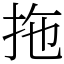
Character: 拖